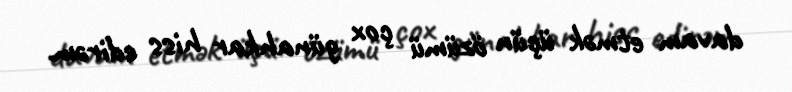
davam etmək üçün özümü çox günahkar hiss edirəm.